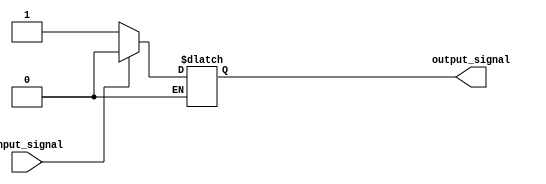
module Schmitt_trigger_inverter (
    input wire input_signal,
    output wire output_signal
);

reg output_reg;

always @(*) begin
    if (input_signal == 1'b0) begin
        output_reg <= 1'b1;
    end else if (input_signal == 1'b1) begin
        output_reg <= 1'b0;
    end
end

assign output_signal = output_reg;

endmodule